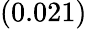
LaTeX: (0.021)